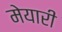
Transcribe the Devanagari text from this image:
मेयारी